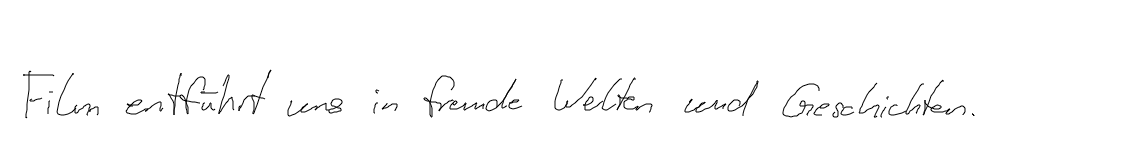
Film entführt uns in fremde Welten und Geschichten.